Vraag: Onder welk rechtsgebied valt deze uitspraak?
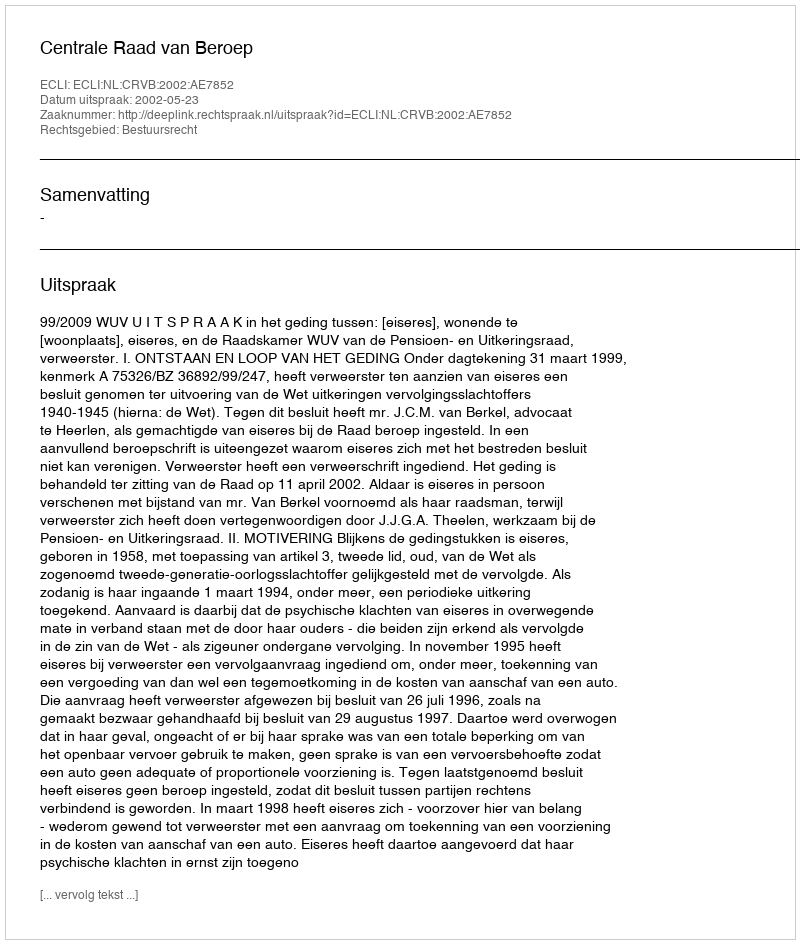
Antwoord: Bestuursrecht